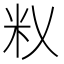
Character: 𰪦